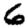
Digit: 6